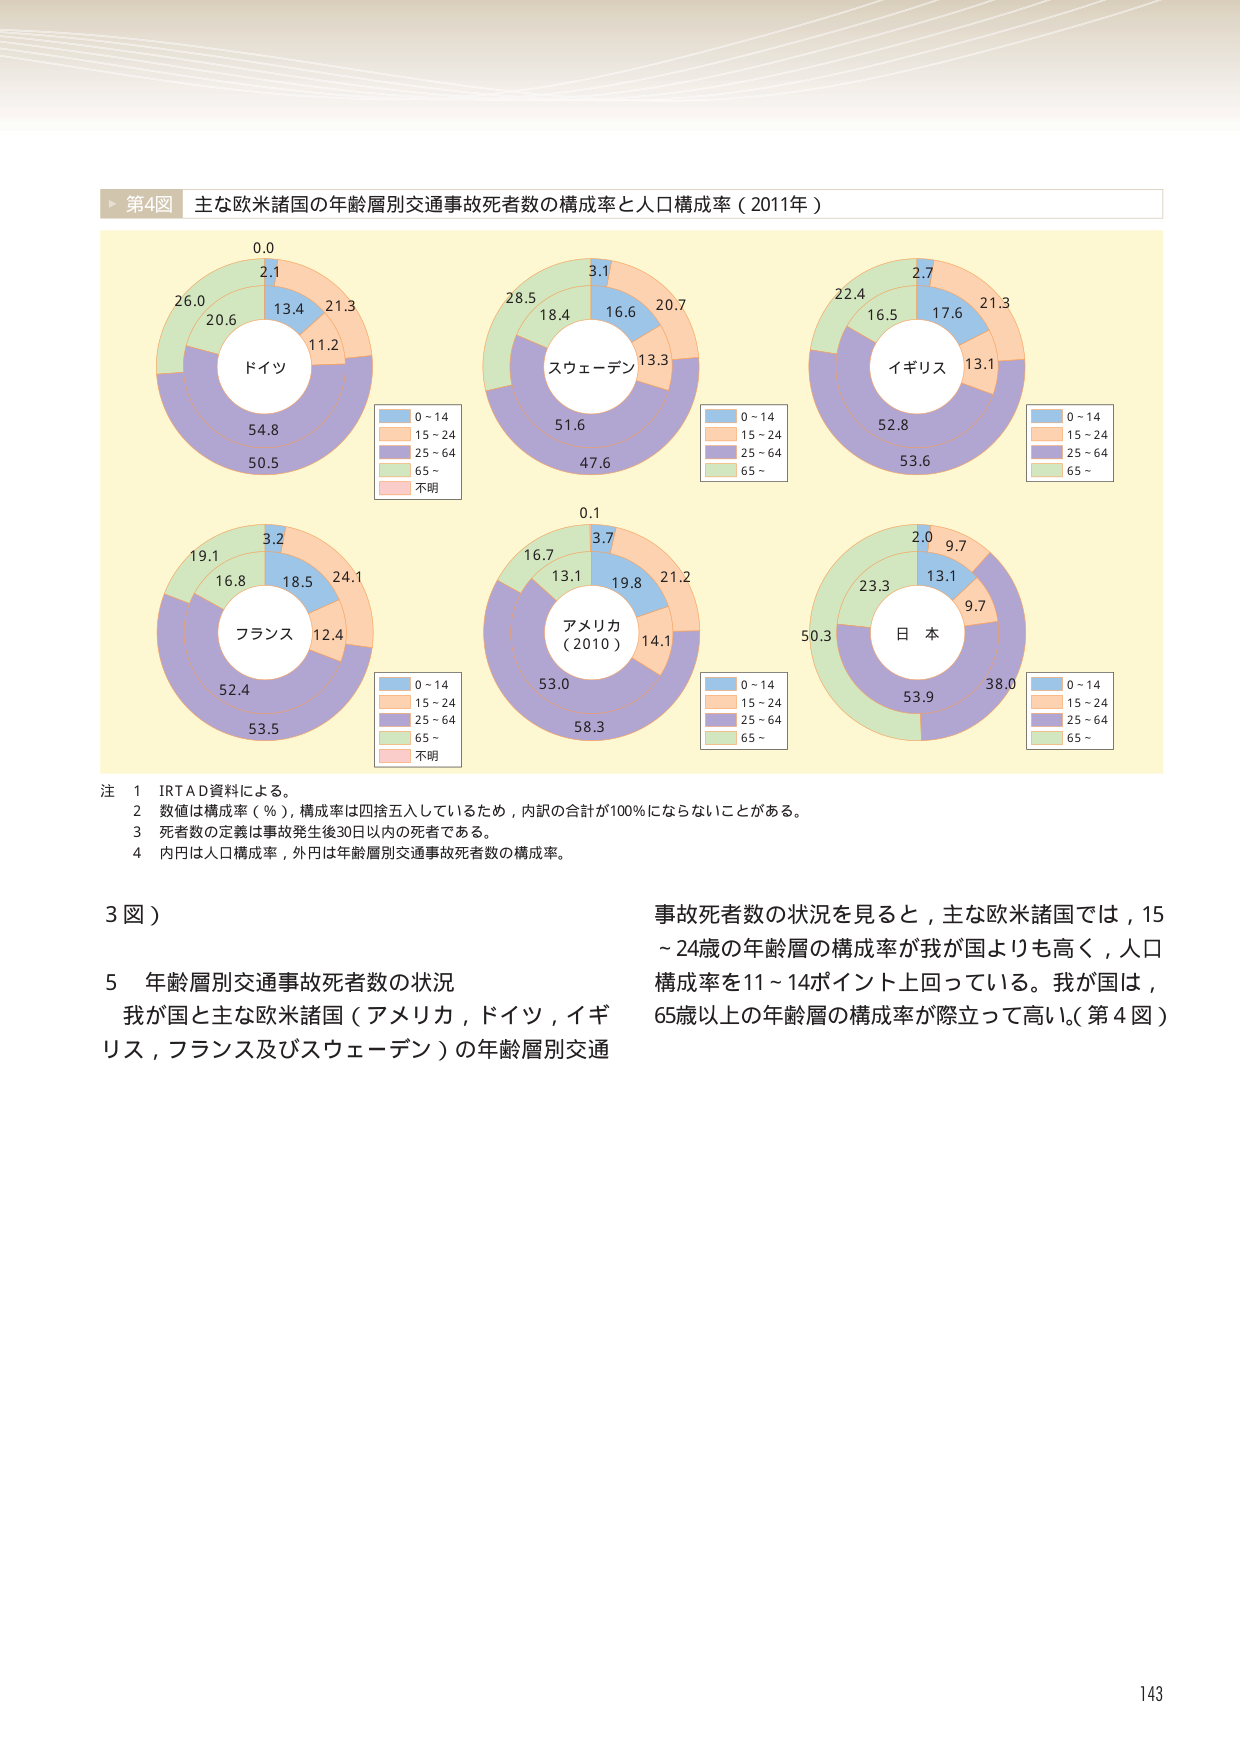
第4図 主な欧米諸国の年齢層別交通事故死者数の構成率と人口構成率（2011年）

0.0
2.1
13.4
21.3
11.2
26.0
20.6
54.8
50.5
ドイツ

0～14
15～24
25～64
65～
不明

28.5
18.4
3.1
16.6
20.7
13.3
51.6
47.6
スウェーデン

0～14
15～24
25～64
65～

22.4
16.5
2.7
17.6
21.3
13.1
52.8
53.6
イギリス

0～14
15～24
25～64
65～

19.1
16.8
3.2
18.5
24.1
12.4
52.4
53.5
フランス

0～14
15～24
25～64
65～
不明

0.1
3.7
16.7
13.1
19.8
21.2
14.1
53.0
58.3
アメリカ
（2010）

0～14
15～24
25～64
65～

2.0
9.7
13.1
9.7
23.3
50.3
53.9
38.0
日本

0～14
15～24
25～64
65～

注 1 IRTAD資料による。
2 数値は構成率（％），構成率は四捨五入しているため，内訳の合計が100％にならないことがある。
3 死者数の定義は事故発生後30日以内の死者である。
4 内円は人口構成率，外円は年齢層別交通事故死者数の構成率。

3図）

5 年齢層別交通事故死者数の状況
我が国と主な欧米諸国（アメリカ，ドイツ，イギリス，フランス及びスウェーデン）の年齢層別交通

事故死者数の状況を見ると，主な欧米諸国では，15～24歳の年齢層の構成率が我が国よりも高く，人口構成率を11～14ポイント上回っている。我が国は，65歳以上の年齢層の構成率が際立って高い。（第4図）

143